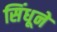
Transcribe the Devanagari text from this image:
सिंधूने